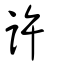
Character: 許